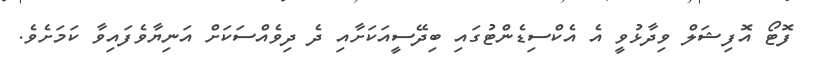
ފޮޓޯ އޮފިޝަލް ވިދާޅުވީ އެ އެކްސިޑެންޓުގައި ބިދޭސީއަކަށާއި ދެ ދިވެއްސަކަށް އަނިޔާވެފައިވާ ކަމަށެވެ.